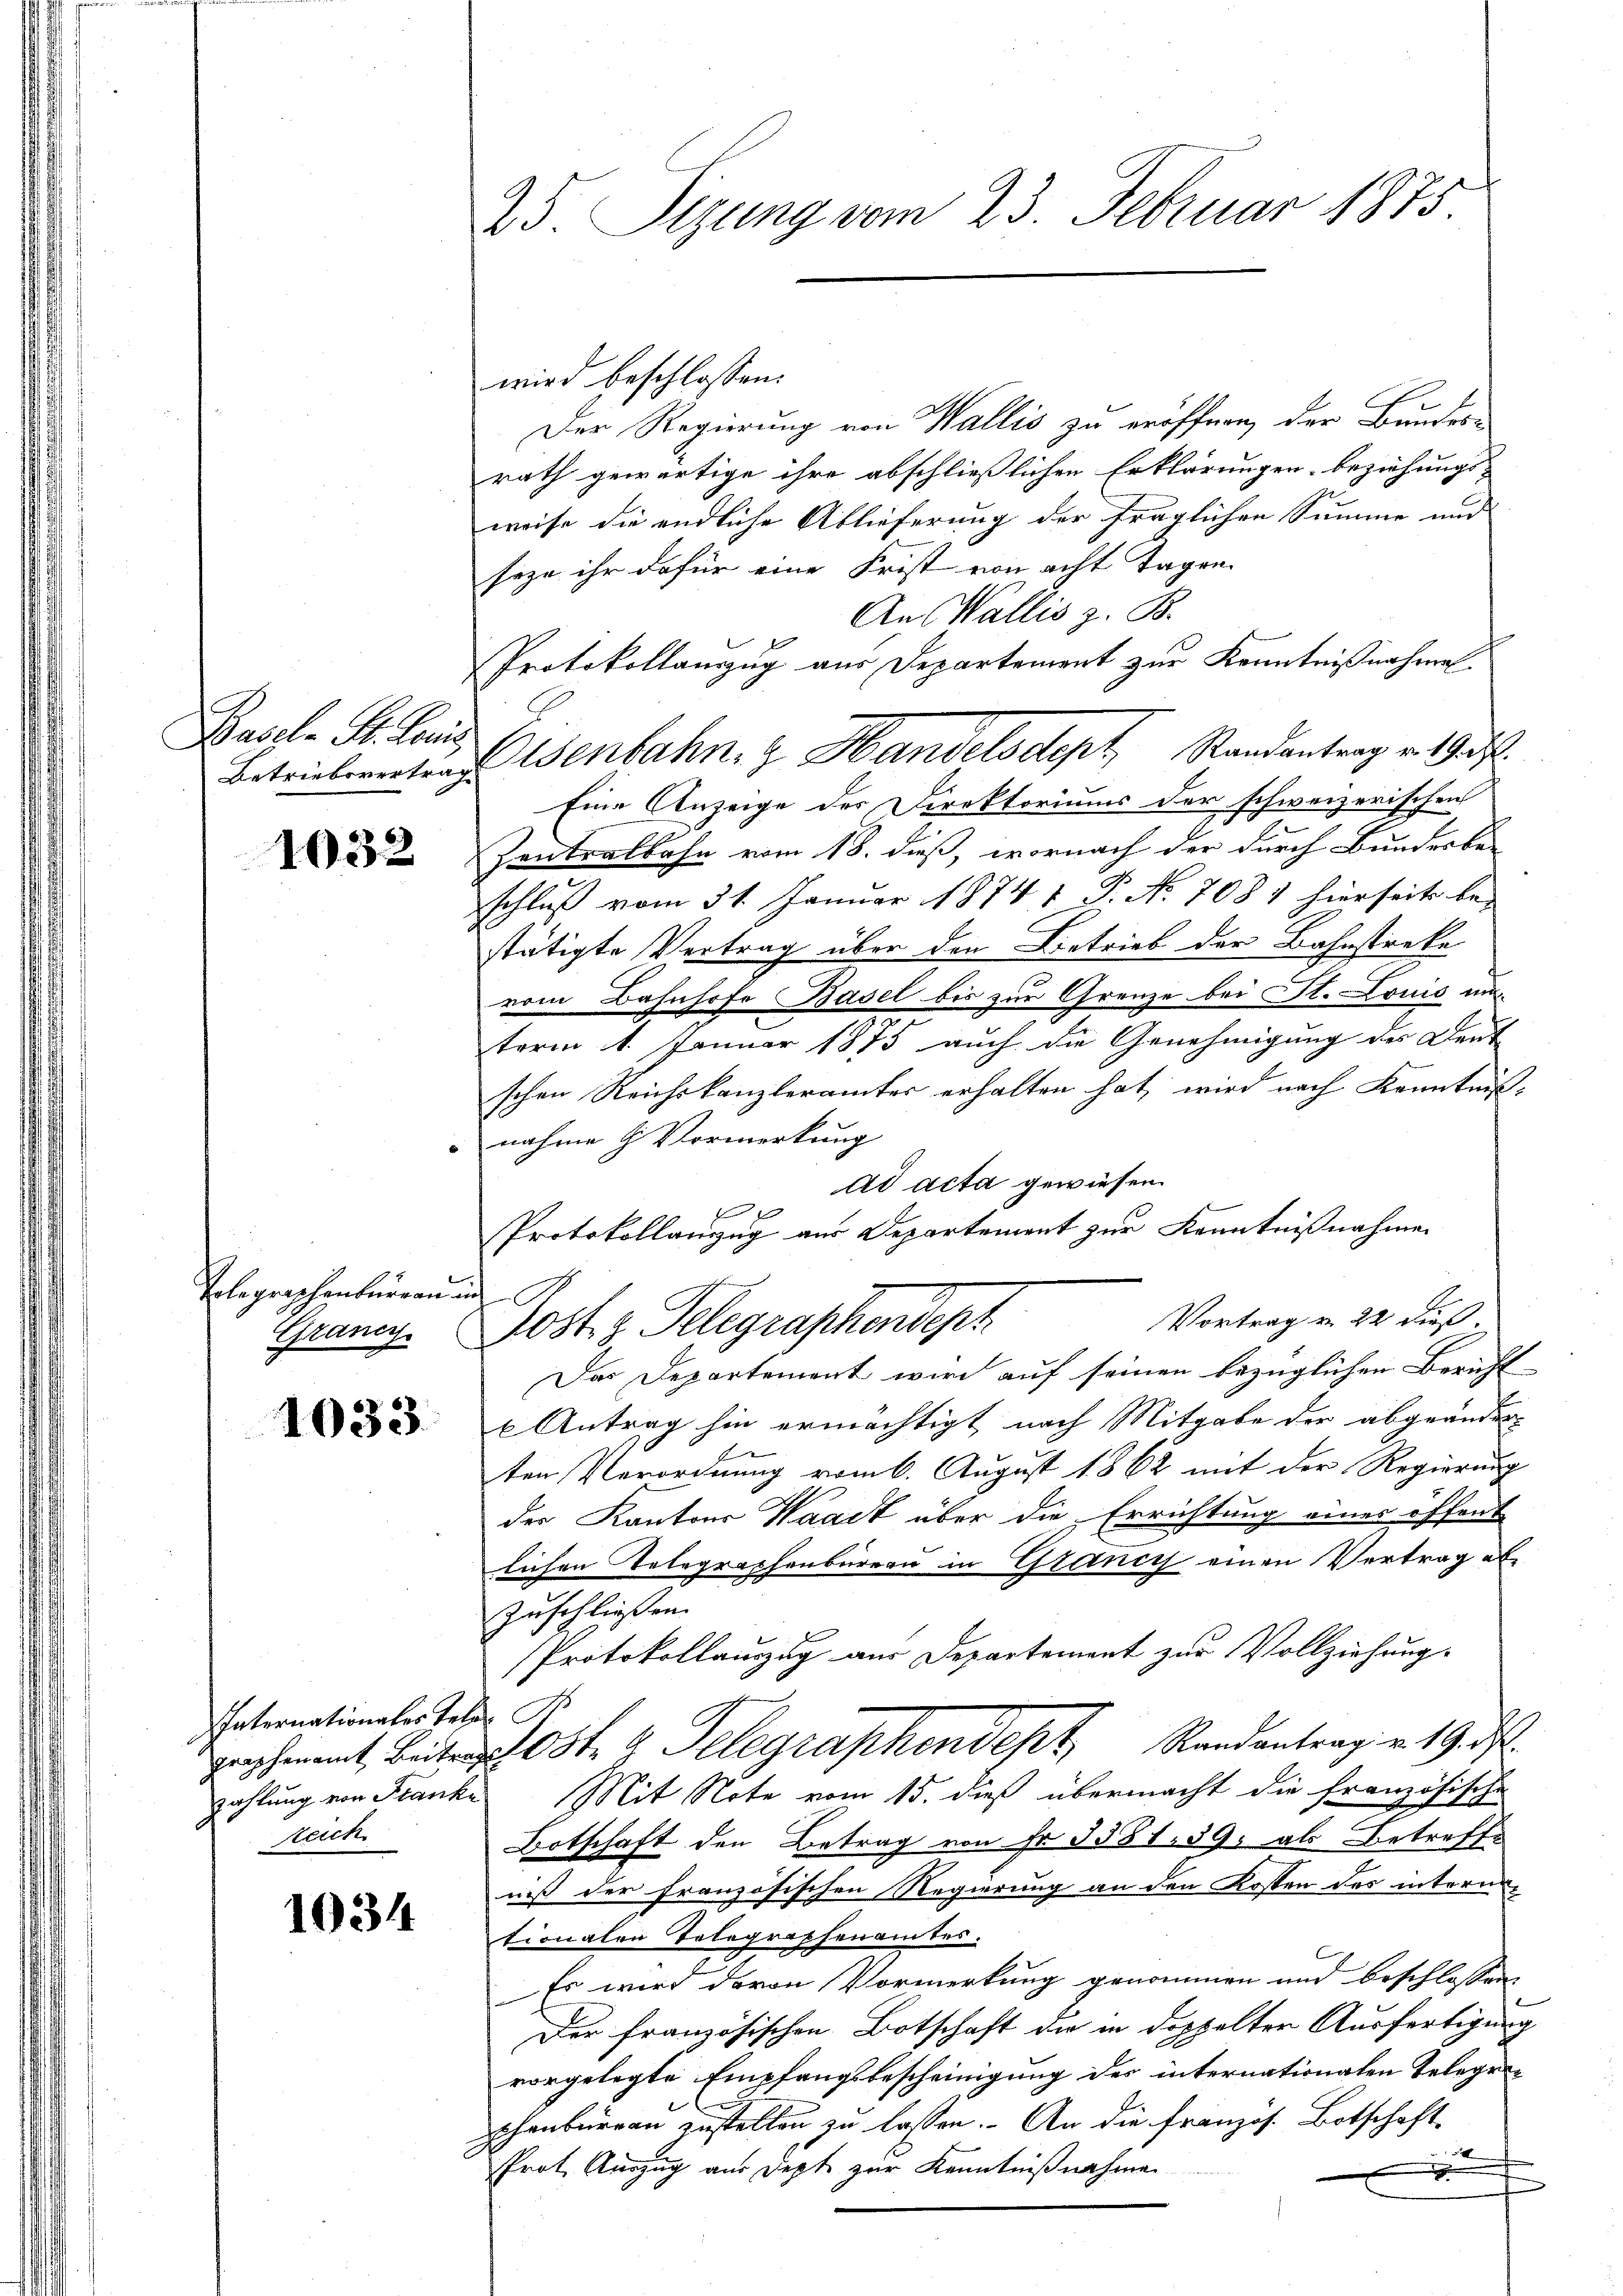
Basel. St. Leis

1032

Tolegraphenbureau.
Grancy

1033

Paternationaler Tele. St.
zeich

1034

25. Sizung vom 23. Februar 1875.

wird beschlossen:
Der Regierung von Wallis zu eröffnen, der Bundes-
rath gewärtige ihre abschließlichen Erklärungen beziehungs-
weise die endliche Ablieferung der fraglichen Summe und
seze ihr dafür eine Frist von acht Tagen.
An Wallis z. B.
l
Protokollauszug aus Departement zur Kenntnißnahmen.
Betriebereitenstenbahn- & Handelsctept, Randantrag v. 19. d.
Eine Anzeige des Direktoriums der schweizerischen
Zentralbahn vom 18. dieß, wornach der durch Bunderbe-
schluß vom 31. Januar 1874 f. P. No. 7081 hierseits bestätigte Vertrag über den Betrieb der Bahnstreke
vom Bahnhofe Basel bis zur Grenze bei St. Louis unterm 1. Januar 1875 auch die Genehmigung des Deut
schen Reichskanzlerämter erhalten hat, wird nach Kenntniß:
nahme G. Vormerkung
ad acta gewiesen.
1
Protokollanzzug aus Departement zur Kenntnißnahme
in
Vortrag u. 22 dieß.
108t. g. Telegraphendept
Das Departement wird auf seinen bezüglichen Bericht
l Antrag hin ermächtigt nach Mitgabe der abgeänder-
ten Verordnung vom 6. August 1862 mit der Regierung
der Kantons Waadt über die Errichtung eines öffend
lichen Telegraphenbüreau in Grancis einen Vertrag ab¬
Zuschließen.
Protokollauszug aus Departement zur Vollziehung.
gephant, Beiten St. G. Telegraphendept, Randantrag v. 19. d.
zahlung von Franke Mit Note vom 15. dieß übermacht die französische

2
Botschaft den Betrag von Fr. 3531. 39. als Betreffe
niß der französischen Regierung an den Kosten des internetionalen Tolegraphenamtes.
Es wird davon Vormerkung genommen und beschlossen,
Der französischen Botschaft die in doppelter Ausfertigung
vorgelegte Empfangsbescheinigung der internationalen Telegephenburgen zustellen zu lassen. An die französ. Botschaft-
d
Prot. Auszug aus Dept zur Kenntnißnahmen
g